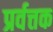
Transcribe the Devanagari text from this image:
प्रर्वत्तक